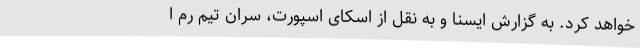
خواهد کرد. به گزارش ایسنا و به نقل از اسکای اسپورت، سران تیم رم ا